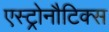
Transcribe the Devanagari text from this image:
एस्ट्रोनौटिक्स